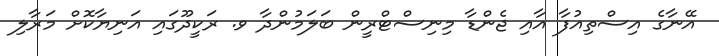
އޭނާގެ އިސްތިއުފާ އާއި ޖެންޑާ މިނިސްޓްރީން ބަލަމުންދާ ވ. ރަކީދޫގައި އަނިޔާކޮށް މަރާލި